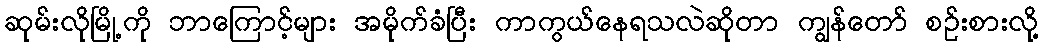
ဆုမ်းလိုမြို့ကို ဘာကြောင့်များ အမိုက်ခံပြီး ကာကွယ်နေရသလဲဆိုတာ ကျွန်တော် စဉ်းစားလို့